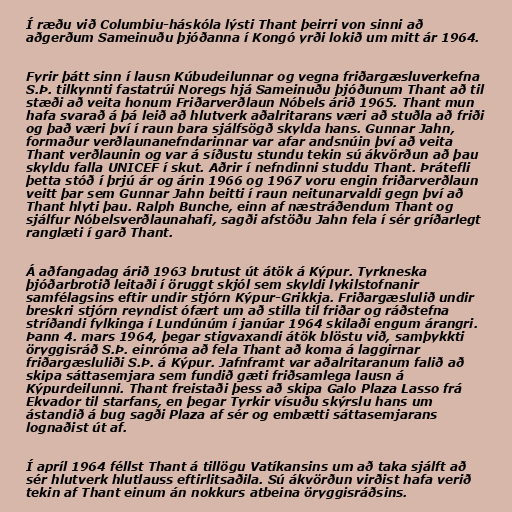
Í ræðu við Columbiu-háskóla lýsti Thant þeirri von sinni að
aðgerðum Sameinuðu þjóðanna í Kongó yrði lokið um mitt ár 1964.

Fyrir þátt sinn í lausn Kúbudeilunnar og vegna friðargæsluverkefna
S.Þ. tilkynnti fastatrúi Noregs hjá Sameinuðu þjóðunum Thant að til
stæði að veita honum Friðarverðlaun Nóbels árið 1965. Thant mun
hafa svarað á þá leið að hlutverk aðalritarans væri að stuðla að friði
og það væri því í raun bara sjálfsögð skylda hans. Gunnar Jahn,
formaður verðlaunanefndarinnar var afar andsnúin því að veita
Thant verðlaunin og var á síðustu stundu tekin sú ákvörðun að þau
skyldu falla UNICEF í skut. Aðrir í nefndinni studdu Thant. Þrátefli
þetta stóð í þrjú ár og árin 1966 og 1967 voru engin friðarverðlaun
veitt þar sem Gunnar Jahn beitti í raun neitunarvaldi gegn því að
Thant hlyti þau. Ralph Bunche, einn af næstráðendum Thant og
sjálfur Nóbelsverðlaunahafi, sagði afstöðu Jahn fela í sér gríðarlegt
ranglæti í garð Thant.

Á aðfangadag árið 1963 brutust út átök á Kýpur. Tyrkneska
þjóðarbrotið leitaði í öruggt skjól sem skyldi lykilstofnanir
samfélagsins eftir undir stjórn Kýpur-Grikkja. Friðargæslulið undir
breskri stjórn reyndist ófært um að stilla til friðar og ráðstefna
stríðandi fylkinga í Lundúnúm í janúar 1964 skilaði engum árangri.
Þann 4. mars 1964, þegar stigvaxandi átök blöstu við, samþykkti
öryggisráð S.Þ. einróma að fela Thant að koma á laggirnar
friðargæsluliði S.Þ. á Kýpur. Jafnframt var aðalritaranum falið að
skipa sáttasemjara sem fundið gæti friðsamlega lausn á
Kýpurdeilunni. Thant freistaði þess að skipa Galo Plaza Lasso frá
Ekvador til starfans, en þegar Tyrkir vísuðu skýrslu hans um
ástandið á bug sagði Plaza af sér og embætti sáttasemjarans
lognaðist út af.

Í apríl 1964 féllst Thant á tillögu Vatíkansins um að taka sjálft að
sér hlutverk hlutlauss eftirlitsaðila. Sú ákvörðun virðist hafa verið
tekin af Thant einum án nokkurs atbeina öryggisráðsins.